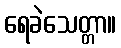
ရေခဲသေတ္တာ။